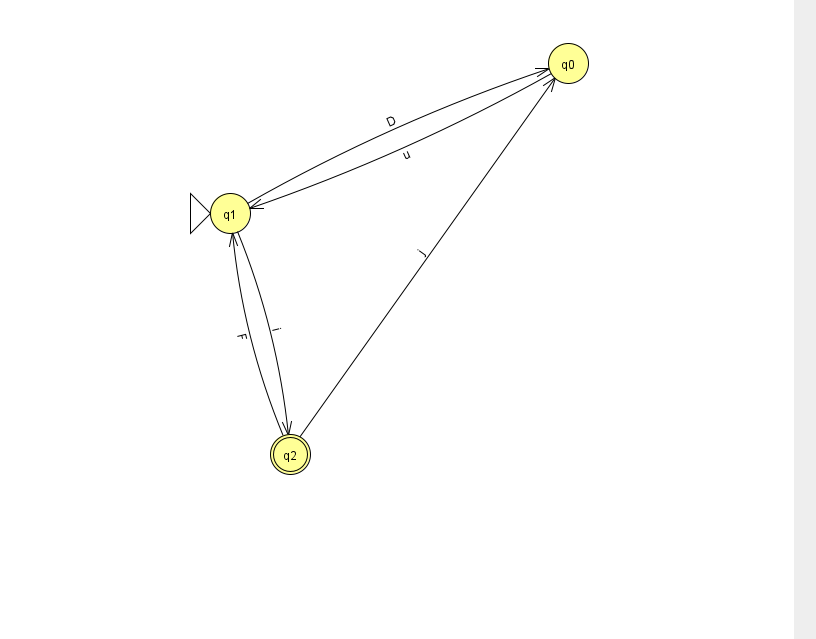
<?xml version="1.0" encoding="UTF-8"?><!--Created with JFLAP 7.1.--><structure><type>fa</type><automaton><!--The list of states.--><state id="0" name="q0"><x>568.0</x><y>50.0</y></state><state id="1" name="q1"><x>230.0</x><y>200.0</y><initial/></state><state id="2" name="q2"><x>290.0</x><y>441.0</y><final/></state><!--The list of transitions.--><transition><from>2</from><to>1</to><read>F</read></transition><transition><from>2</from><to>0</to><read>j</read></transition><transition><from>1</from><to>0</to><read>D</read></transition><transition><from>0</from><to>1</to><read>u</read></transition><transition><from>1</from><to>2</to><read>i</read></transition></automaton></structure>